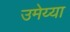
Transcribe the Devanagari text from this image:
उमेय्या